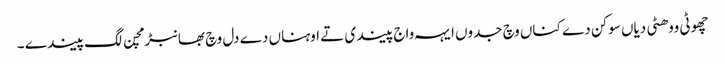
چھوٹی ووھٹی دیاں سوکن دے کناں وچ جدوں ایہہ واج پیندی تے اوہناں دے دل وچ بھانبڑ مچن لگ پیندے ۔